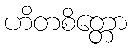
ဟိတစိတ္တော